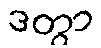
ဒတွာ